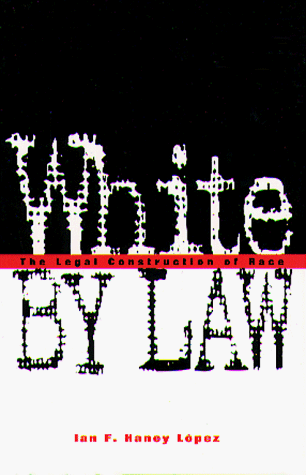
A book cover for White by Law: The Legal Construction of Race (Critical America); Ian Haney LÃ³pez; Law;